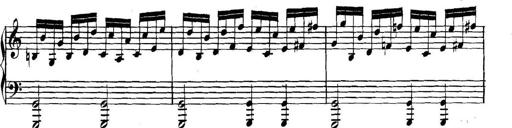
Title: Collected Piano Sonatas
Composer: Muzio Clementi